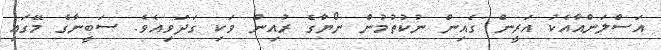
އަސްލަންއާއެކު އަރީން ގެއިން ނުކުތުމުން ނޯޔާގެ ރުއިން ވަކި ގަދަވިއެވެ. ސަބީނާގެ މޭގައި